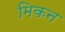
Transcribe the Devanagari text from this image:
मिकन